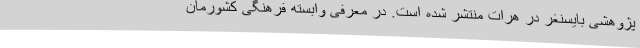
پژوهشی بایسنغر در هرات منتشر شده است. در معرفی وابسته فرهنگی کشورمان